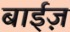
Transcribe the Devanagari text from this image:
बाईज़